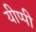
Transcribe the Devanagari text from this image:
यीप्पी